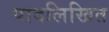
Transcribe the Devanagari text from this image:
पादलिखित